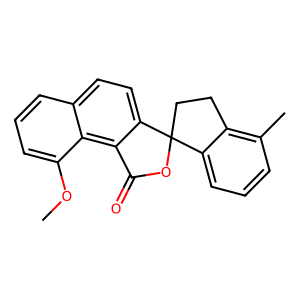
SMILES: COc1cccc2ccc3c(c12)C(=O)OC31CCc2c(C)cccc21
Inhibits HIV replication: No